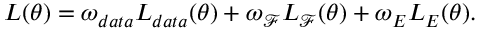
L ( \theta ) = \omega _ { d a t a } L _ { d a t a } ( \theta ) + \omega _ { \mathcal { F } } L _ { \mathcal { F } } ( \theta ) + \omega _ { E } L _ { E } ( \theta ) .